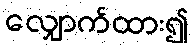
လျှောက်ထား၍